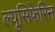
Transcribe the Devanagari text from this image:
ल्यूसिफेरिन